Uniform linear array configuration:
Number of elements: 8
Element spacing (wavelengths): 0.75
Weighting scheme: hamming
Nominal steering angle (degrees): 15
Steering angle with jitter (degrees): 13.168
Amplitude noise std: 0.05
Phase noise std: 0.05

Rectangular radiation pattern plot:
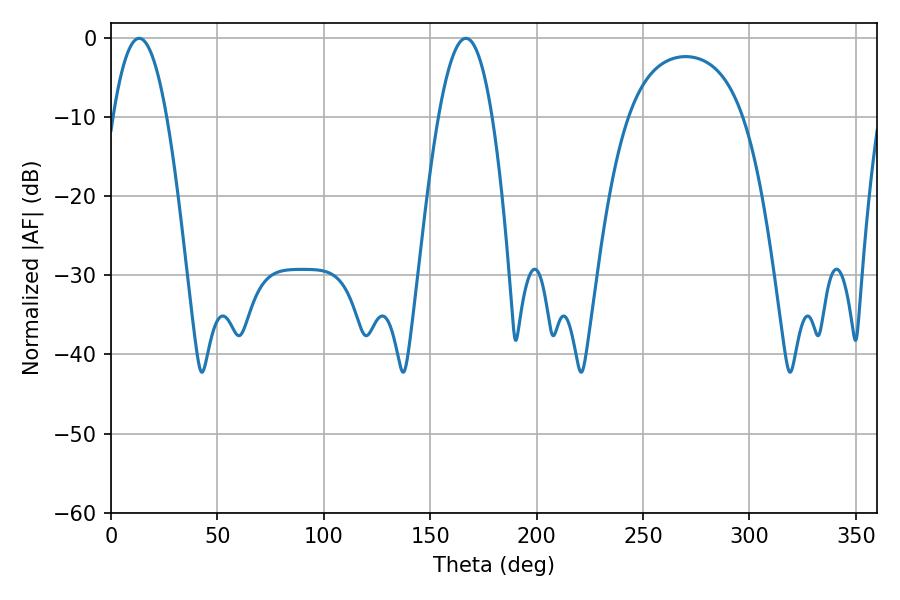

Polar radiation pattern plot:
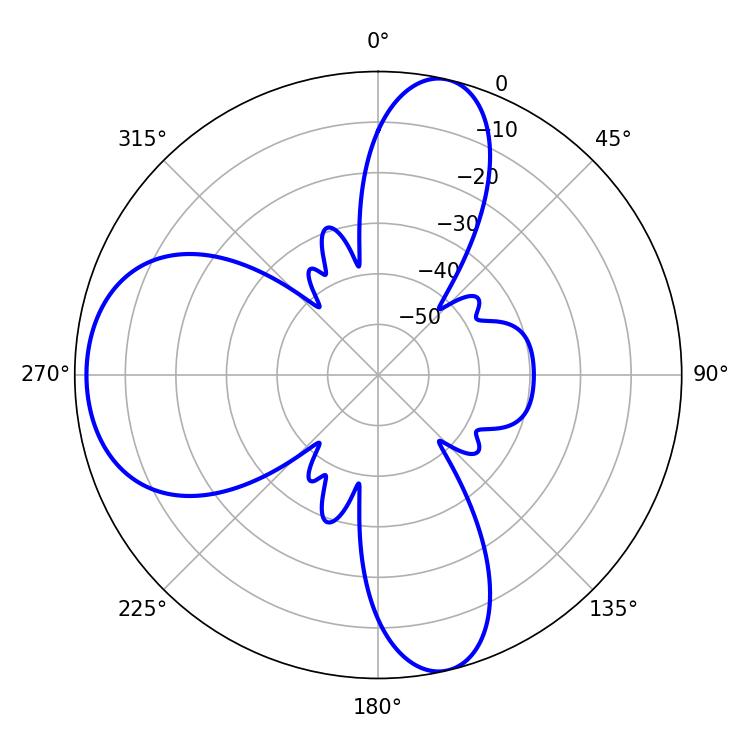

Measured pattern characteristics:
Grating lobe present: TRUE
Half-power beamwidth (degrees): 13.86
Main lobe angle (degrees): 166.68